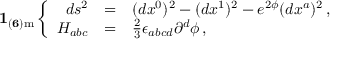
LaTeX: { \bf 1 _ { ( 6 ) \mathrm { m } } } \left\{ \begin{array} { r c l } { { d s ^ { 2 } } } & { { = } } & { { ( d x ^ { 0 } ) ^ { 2 } - ( d x ^ { 1 } ) ^ { 2 } - e ^ { 2 { \phi } } ( d x ^ { a } ) ^ { 2 } \, , } } \\ { { { H } _ { a b c } } } & { { = } } & { { { \textstyle \frac { 2 } { 3 } } \epsilon _ { a b c d } \partial ^ { d } { \phi } \, , } } \end{array} \right.